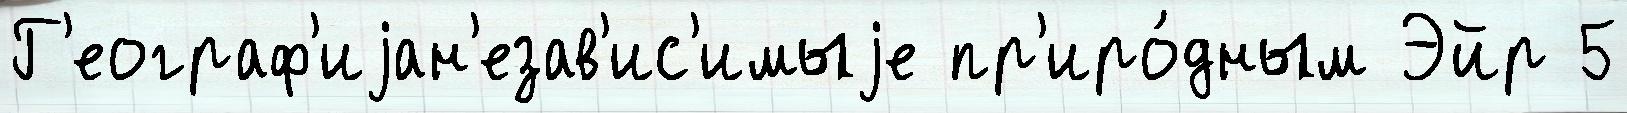
Г'еограф'иjан'езав'ис'имыjе пр'иро́дным Эйр 5